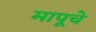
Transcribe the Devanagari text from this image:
मापूचे